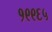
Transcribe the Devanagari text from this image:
१९९६५